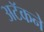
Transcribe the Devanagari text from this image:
अटॅकने